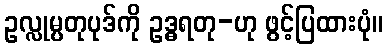
ဥလ္လုမ္ပတုပုဒ်ကို ဥဒ္ဓရတု-ဟု ဖွင့်ပြထားပုံ။